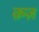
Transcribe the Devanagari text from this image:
क़ज़